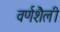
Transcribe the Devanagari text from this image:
वर्णशैली